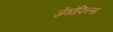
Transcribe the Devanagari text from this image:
ज़ेंथोफिल्स